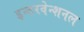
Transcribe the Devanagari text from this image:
इन्टरवेन्शनल